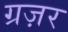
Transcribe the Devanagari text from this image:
ग्रज़र